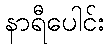
နာရီပေါင်း